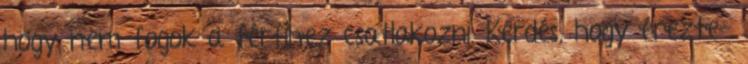
hogy nem fogok a férfihez csatlakozni. Kérdés, hogy érezte-